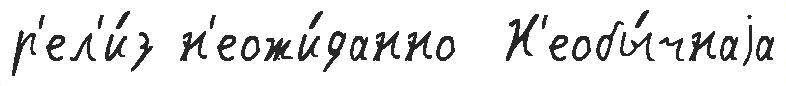
р'ел'и́з н'еожи́данно  Н'еобы́чнаjа